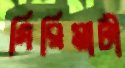
গিরিমাটী